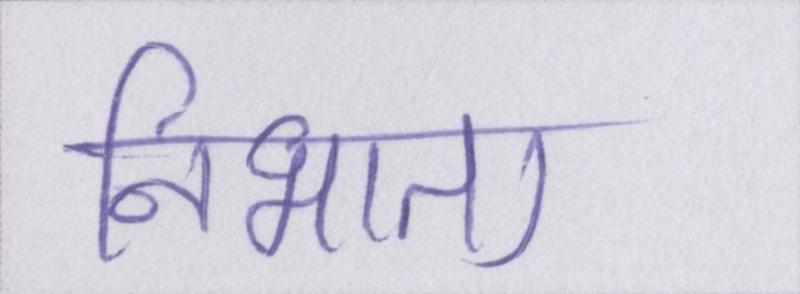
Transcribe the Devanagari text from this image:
निभाता